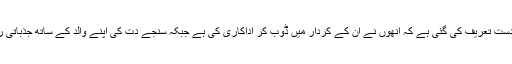
رنبیر کپور کے سنجے دت کا کردار ادا کرنے پر زبردست تعریف کی گئی ہے کہ انھوں نے ان کے کردار میں ڈوب کر اداکاری کی ہے جبکہ سنجے دت کی اپنے والد کے ساتھ جذباتی رشتے کی پیشکش کے لیے فلم کی تعریف کی گئی ہے۔